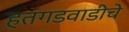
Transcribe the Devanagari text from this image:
हतगडवाडीचे